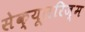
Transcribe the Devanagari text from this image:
सेक्यूलरिज़्म